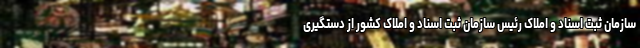
سازمان ثبت اسناد و املاک رئیس سازمان ثبت اسناد و املاک کشور از دستگیری